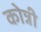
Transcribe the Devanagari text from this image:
कोन्नी